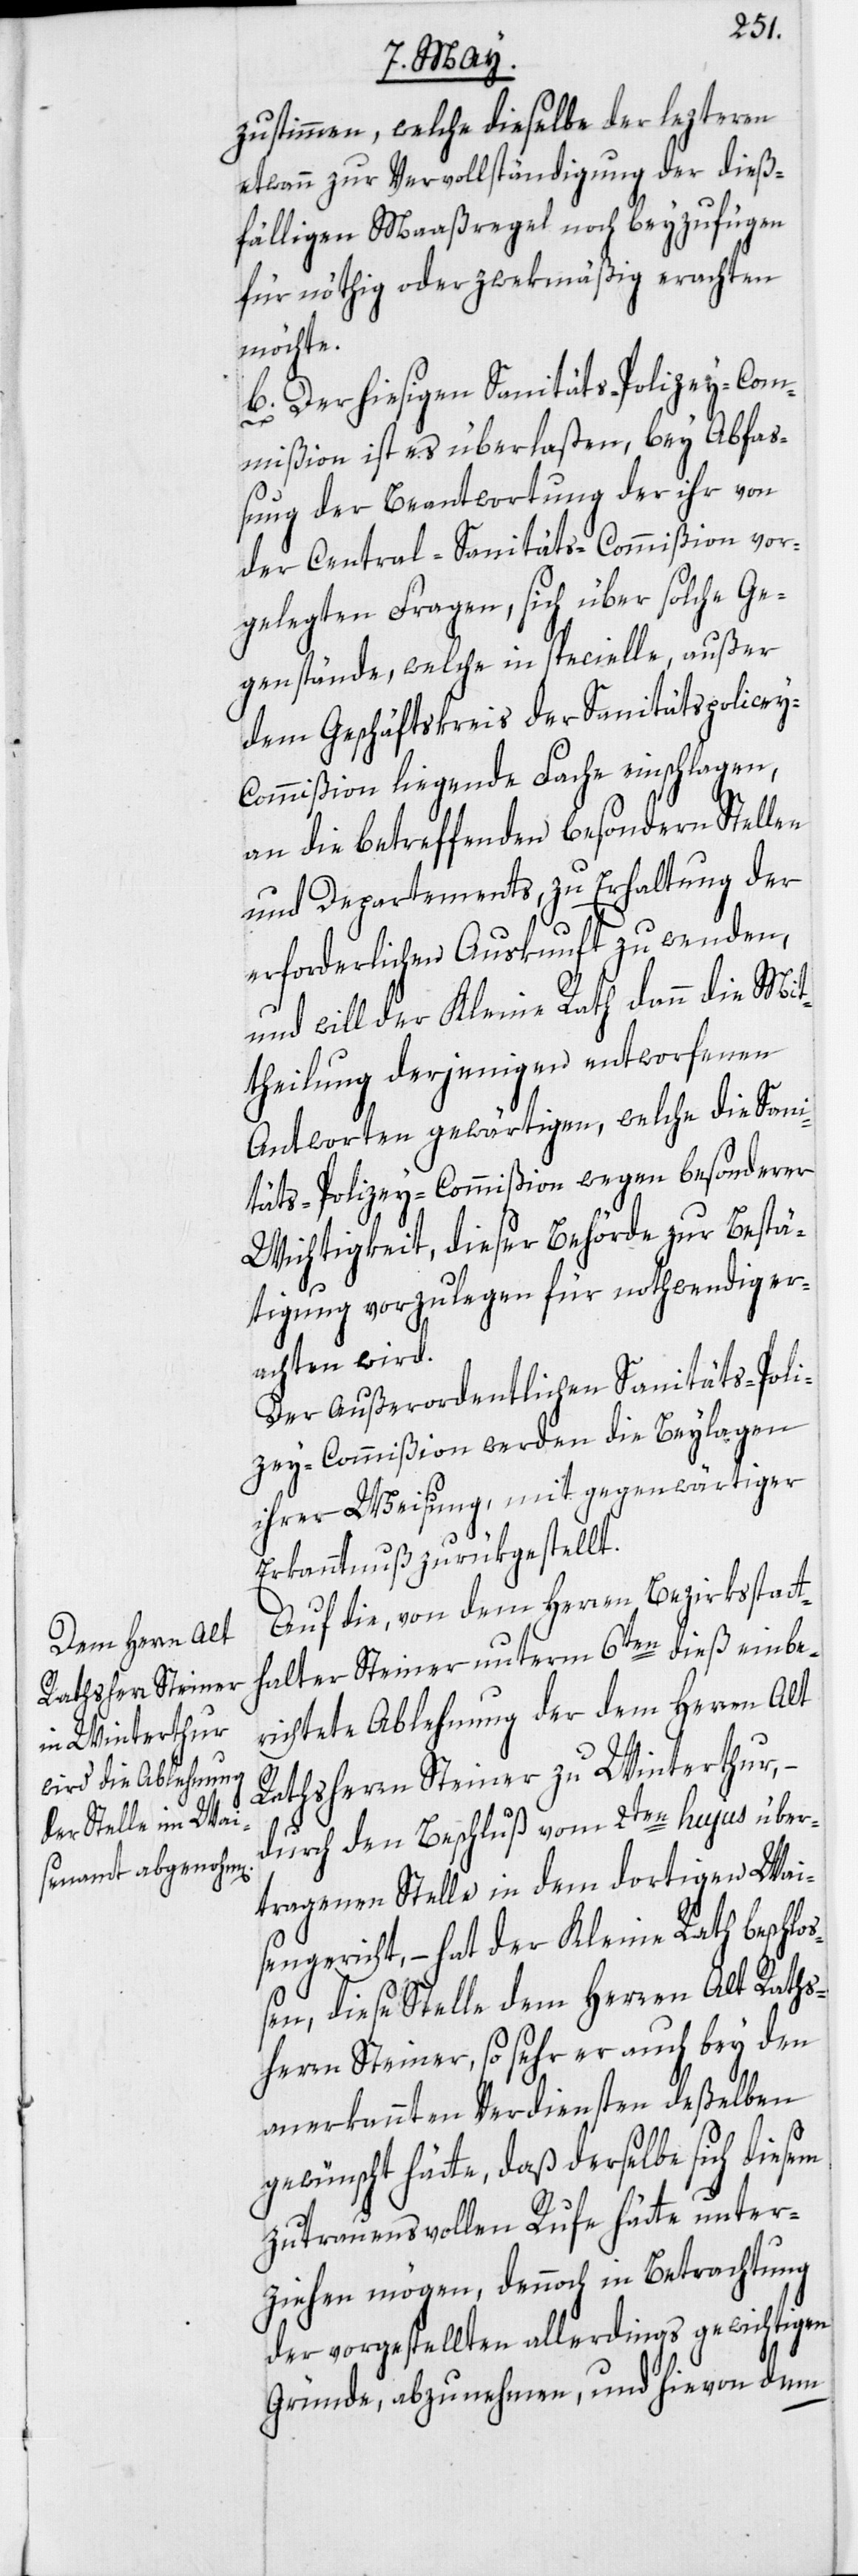
zu stimmen, welche dieselbe der lezteren
etwann zur Vervollständigung der dieß¬
fälligen Maaßregeln noch beyzufügen
für nöthig oder zwekmäßig erachten
möchte.
b. Der hiesigen Sanitäts-Polizey-Com¬
mißion ist es überlaßen, bey Abfaß¬
ung der Beantwortung der ihr von
der Central-Sanitäts-Commißion vor¬
gelegten Fragen, sich über solche Ge¬
genstände, welche in specielle, außer
dem Geschäftskreis der Sanitätspolice¬
y-Commißion liegende Fache einschlagen,
an die betreffenden besondern Stellen
und Departements, zu Erhaltung der
erforderlichen Auskunft zu wenden,
und will der Kleine Rath dann die Mit¬
theilung derjenigen entworfenen
Antworten gewärtigen, welche die Sani¬
täts-Polizey-Commißion wegen besonderer
Wichtigkeit, dieser Behörde zur Bestä¬
tigung vorzulegen für nothwendig er¬
achten wird.
Der Außerordentlichen Sanitäts-Poli¬
zey-Commißion werden die Beylagen
ihrer Weisung, mit gegenwärtiger
Erkanntnuß zurükgestellt.
Auf die, von dem Herren Bezirksstatt¬
halter Steiner unterm 6ten dieß einbe¬
richtete Ablehnung der dem Herrn Alt
Rathsherrn Steiner zu Winterthur, –
durch den Beschluß vom 2ten hujus über¬
tragenen Stelle in dem dortigen Wai¬
sengericht, – hat der Kleine Rath beschlo¬
ßen, diese Stelle dem Herren Alt Raths¬
herrn Steiner, so sehr er auch bey den
anerkannten Verdiensten deßelben
gewünscht hätte, daß derselbe sich diesem
zutrauensvollen Rufe hätte unter¬
ziehen mögen, dennoch in Betrachtung
der vorgestellten allerdings gewichtigen
Gründe, abzunehmen, und hievon dem